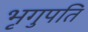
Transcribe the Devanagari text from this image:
भृगुपति